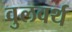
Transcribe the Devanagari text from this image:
वुलवर्थ